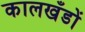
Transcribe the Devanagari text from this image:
कालखँडों